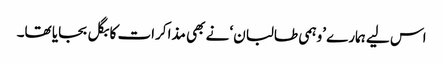
اس لیے ہمارے ’وہمی طالبان‘ نے بھی مذاکرات کا بگل بجایا تھا۔